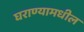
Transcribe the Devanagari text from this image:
घराण्यामधील